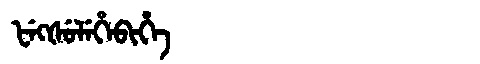
Manchu: ᡶᡝᡴᡧᡠᠯᡝᡥᡝᠪᡳᡥᡝ
Romanization: FEKŠULEHEBIHE